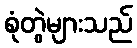
စုံတွဲများသည်